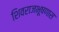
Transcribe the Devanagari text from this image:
शिवराजभूषणास